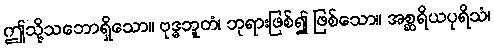
ဤသို့သဘောရှိသော။ ဗုဒ္ဓဘူတံ၊ ဘုရားဖြစ်၍ ဖြစ်သော။ အစ္ဆရိယပုရိသံ၊